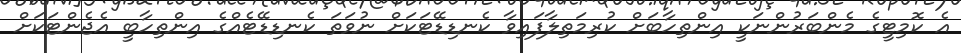
އެ ކޮމިޓީގެ މެންބަރުންނަކީ އިންތިހާބަށް ކުރިމަތިލާފައިވާ ކެނޑިޑޭޓަކަށް ނުވަތަ ކެނޑިޑޭޓެއްގެ އިންތިހާބީ އެޖެންޓަކަށް